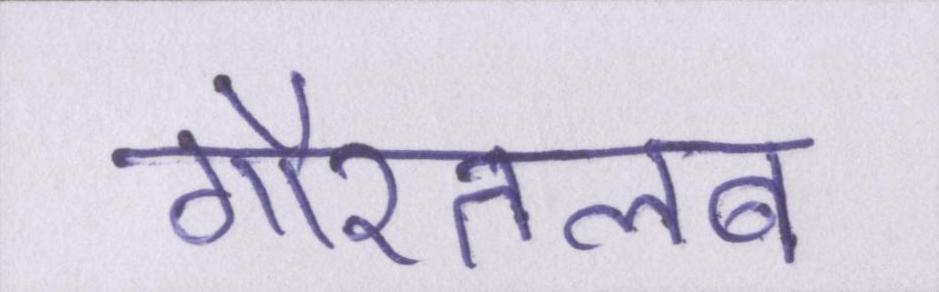
गौरतलब